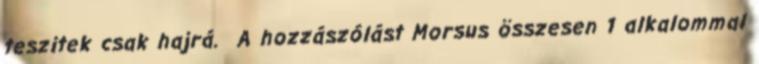
teszitek csak hajrá. A hozzászólást Morsus összesen 1 alkalommal